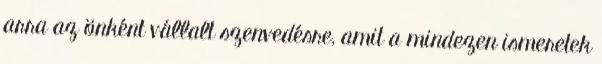
arra az ön­ként vállalt szenvedésre, amit a mindezen ismeretek